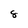
Character: 8